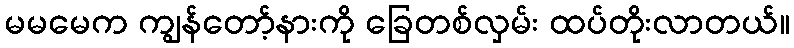
မမမေက ကျွန်တော့်နားကို ခြေတစ်လှမ်း ထပ်တိုးလာတယ်။